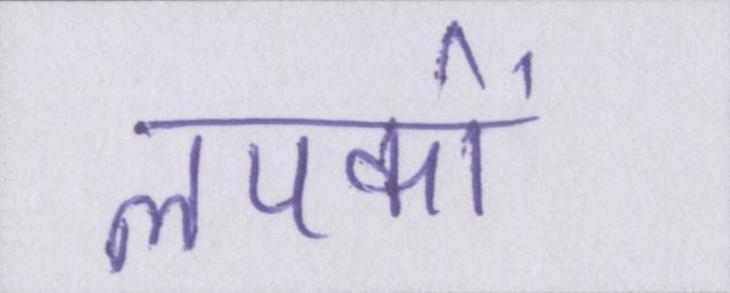
लपकाें